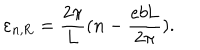
LaTeX: \varepsilon _ { n , \mathrm { R } } = \frac { 2 \pi } { 2 \pi } { L } ( n - \frac { e b \mathrm { L } } { 2 \pi } ) .